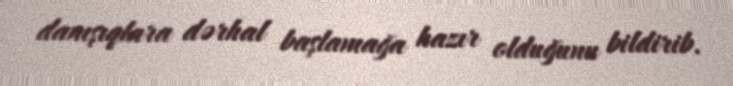
danışıqlara dərhal başlamağa hazır olduğunu bildirib.